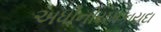
અધીનીયમકાયદા